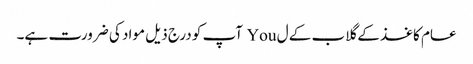
عام کاغذ کے گلاب کے ل You آپ کو درج ذیل مواد کی ضرورت ہے۔